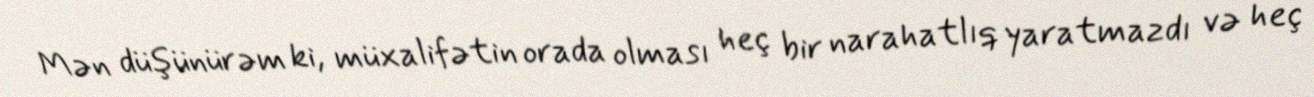
Mən düşünürəm ki, müxalifətin orada olması heç bir narahatlıq yaratmazdı və heç